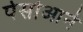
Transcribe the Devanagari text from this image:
पेसोआने